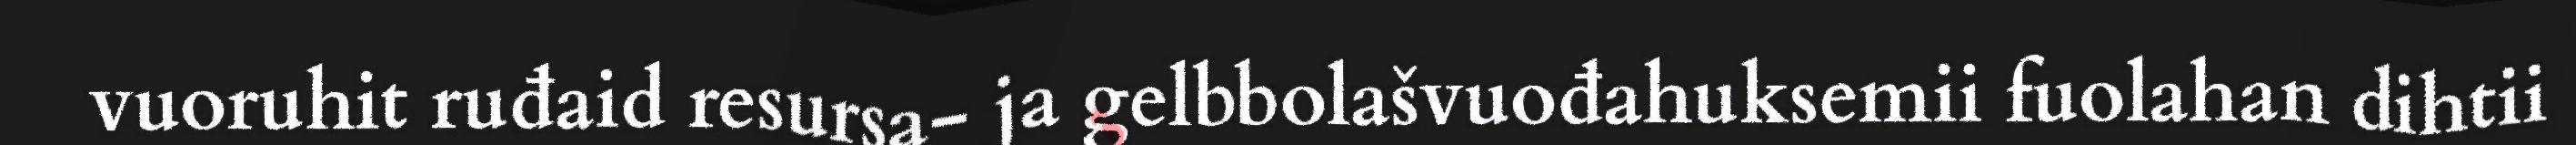
vuoruhit ruđaid resursa- ja gelbbolašvuođahuksemii fuolahan dihtii